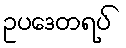
ဥပဒေတရပ်